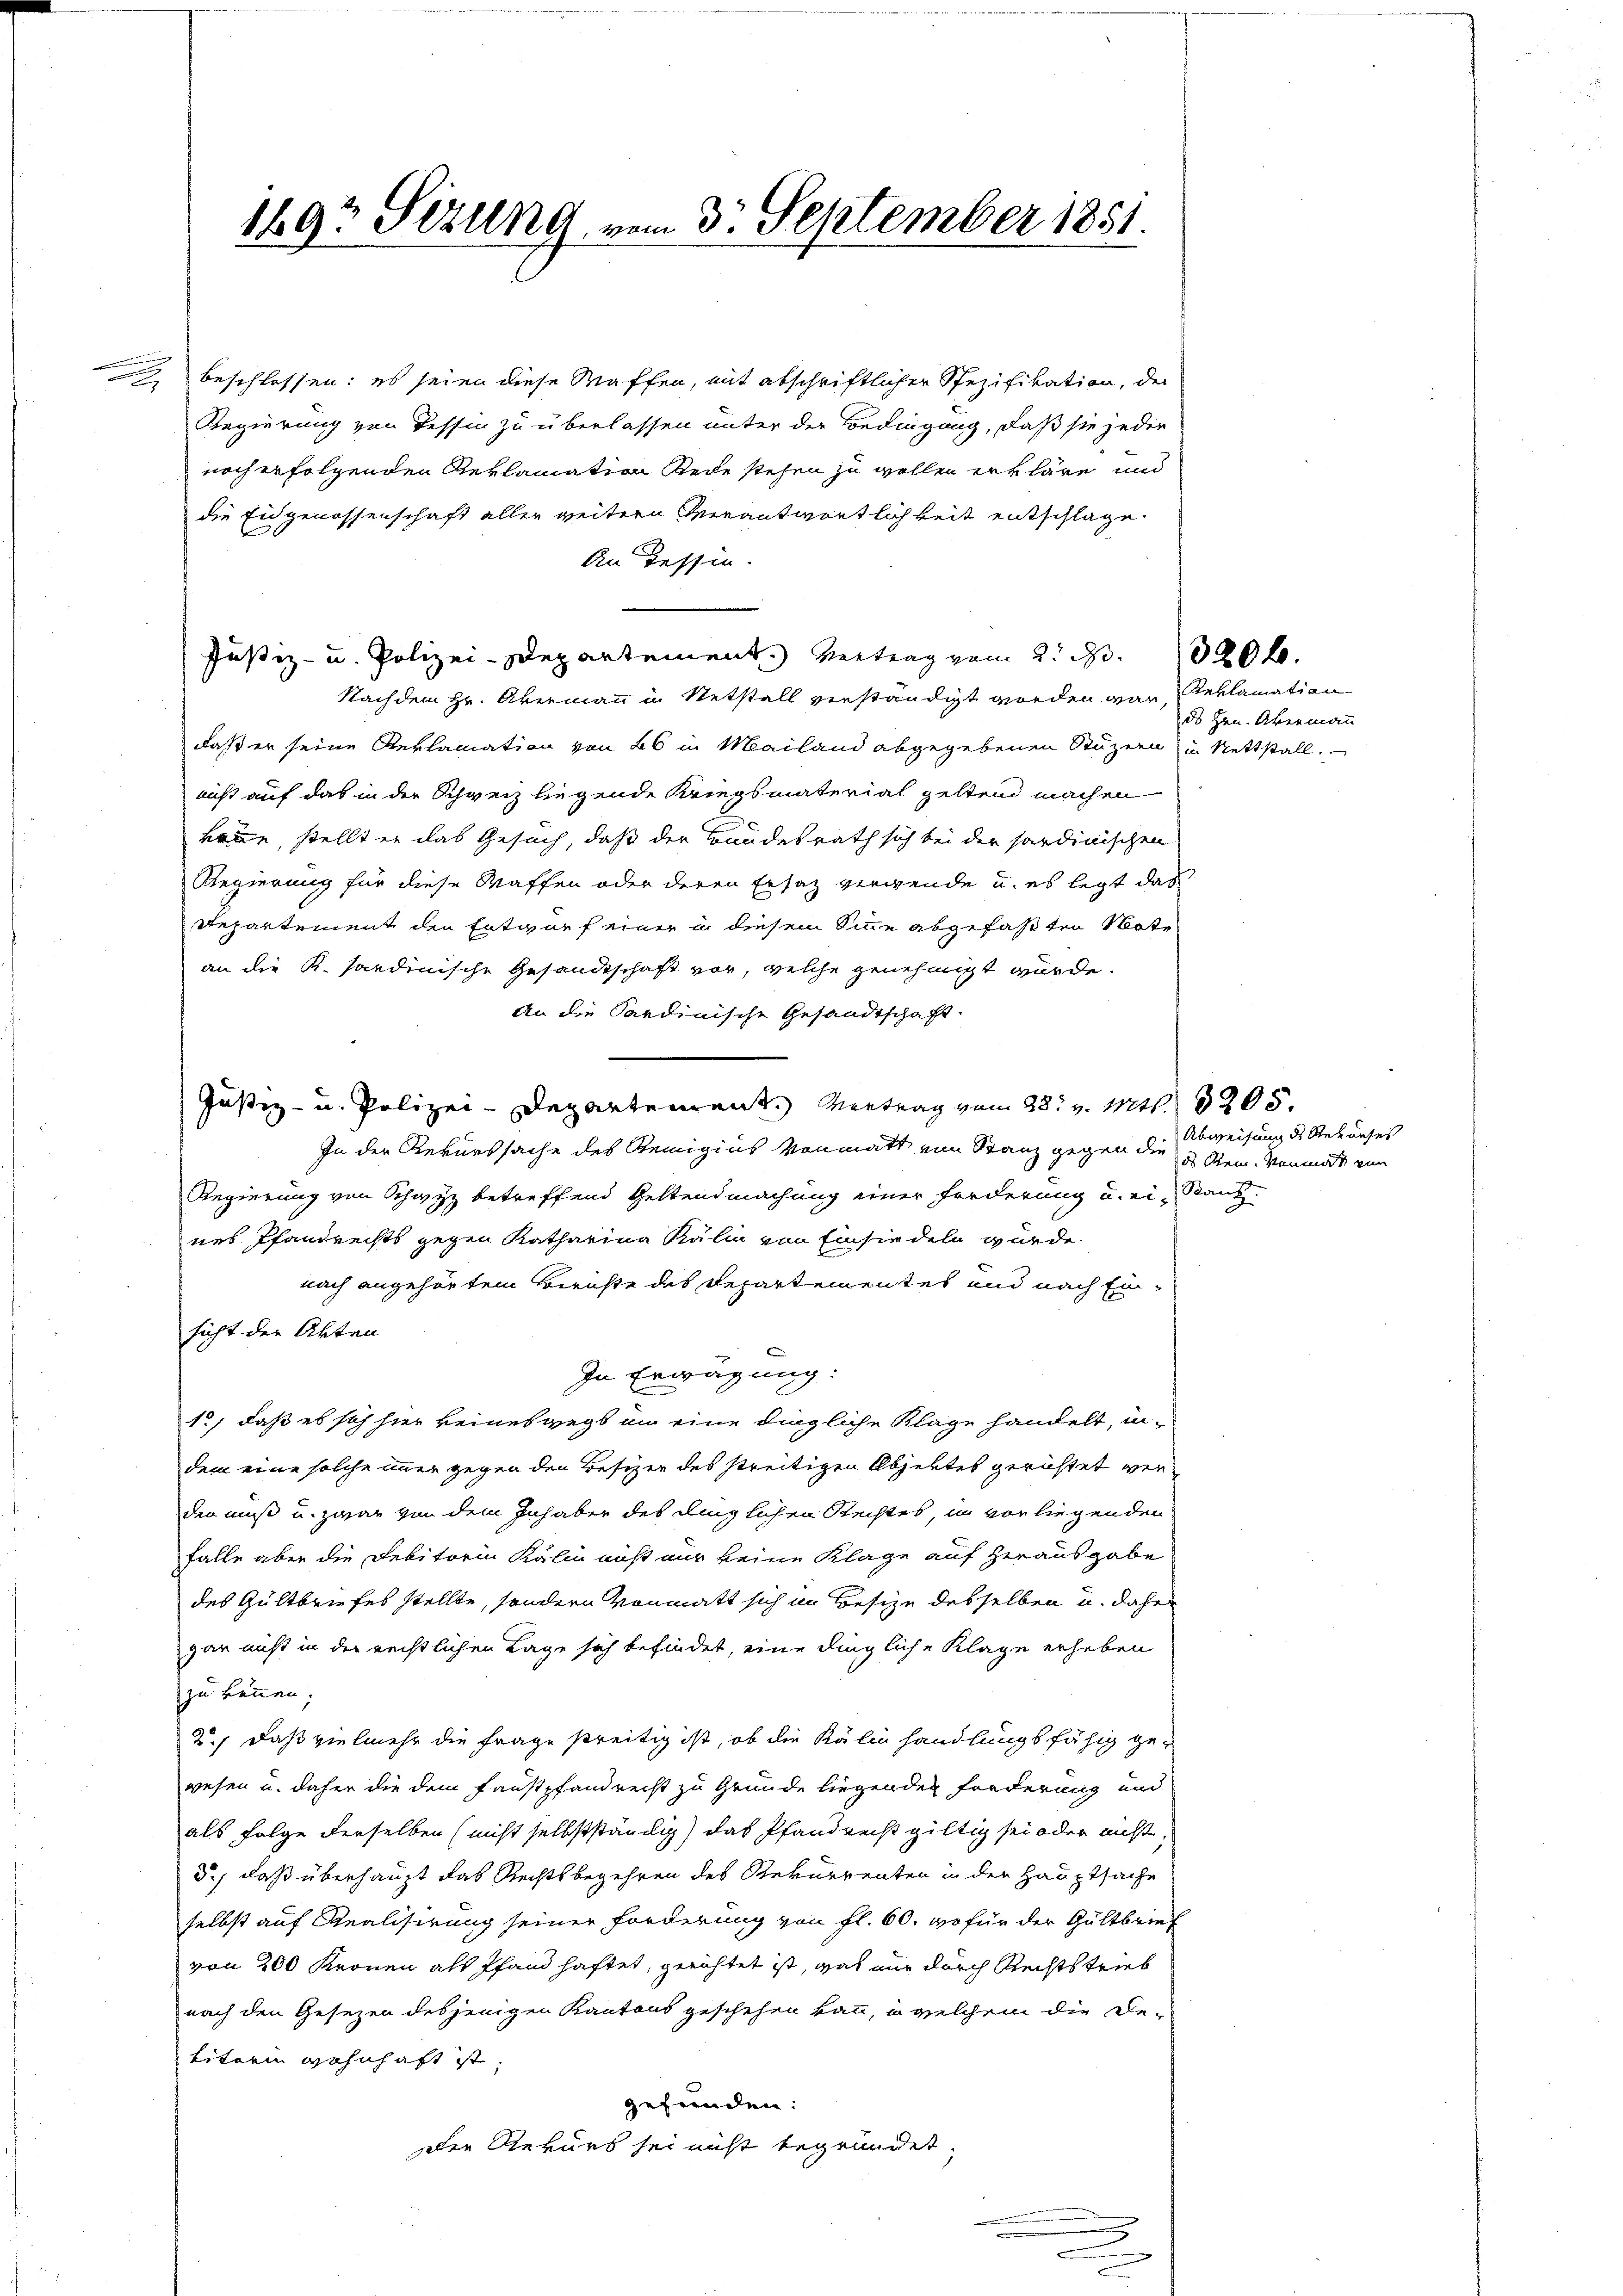
2 beschlossen: es seien diese Waffen, mit abschriftlicher Spezifikation, der
Regierung von Tessin zu überlassen unter der Bedingung, daß sie jeder
noch erfolgenden Reklamation Rede stehen zu wollen erkläre und
die Eidgenossenschaft allen weitern Verantwortlichkeit entschlage.
An Tessin.
Justiz- u. Polizei-Departement. Vertrag vom 2. S. 320 f.
Nachdem Hr. Abermann in Netstall verständigt worden war, Reklamation
daß er seine Reklamation von 26 in Mailand abgegebenen Stuzern) in Nettstall.
nicht auf das in der Schweiz liegende Kriegsmaterial geltend machen
könne, stellt er das Gesuch, daß der Bundesrath sich bei der sardinischen
Regierung für diese Waffen oder deren Ersatz vergende u. es legt das
Repartement den Entwurf einer in diesem Sinne abgefaßten Note
an die K. Sardinische Gesandtschaft vor, welche genehmigt würde.
An die Sardinische Gesandtschaft.
Justiz- u. Polizei-Departement. Vertrag vom 28t v. Mts. 1205.
In der Rekurssache des Steinigius vonmatt ein Stanz gegen die Stein. Vormat von
Regierung von Schwyz betreffend Geltendmachung einer Forderung u. ei-Band-
nes Pfandrechts gegen Katharina Kälin von Einsiedeln würde.
nach angehörtem Berichte des Departementes und nach Einsicht der Akten
In Erwägung:
1., daß es sich hier keineswegs an eine dingliche Klage handelt, in-
dem eine solche immer gegen den Besizer des streitigen Abjektes gerichtet werder muß u. zwar von dem Inhaber des dinglichen Rechtes, in vorliegenden
falle aber die Debitoria Kälin nicht nur keine Klage auf herausgabe
des Gültbriefes stellte, sondern vonmatt sich im Besize desselben u. daher
gar nicht in der rechtlichen Lage sich befindet, eine dingliche Klage erheben
zu können.
2.) Daß vielmehr die Frage streitig ist, ob die Kälin handlungsfähig gewesen u. daher die dem Faustpfandrecht zu Gründe liegenden Forderung und
als Folge derselben (nicht selbstständig) das Pfandrecht giltig sei oder nicht,
3., daß überhaupt das Rechtsbegehren des Rekurrenten in der Hauptsache
selbst auf Realisirung seiner Forderung von fl. 60. wofür der Gültbrief
von 200 Kronen als Pfand haftet, gerichtet ist, gat nur durch Rechtstrieb
nach den Gesezen desjenigen Kantons geschehen kann, u welchem die De-
viterin Wohnhaft ist
gefunden:
Der Rekurs sei nicht begründet.

1897 Sezung vom 3. September 1851.

ds Hrn. Abermann

Abweisung des Behauses